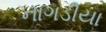
નાગડીયા